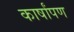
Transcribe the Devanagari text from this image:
कार्षांपण